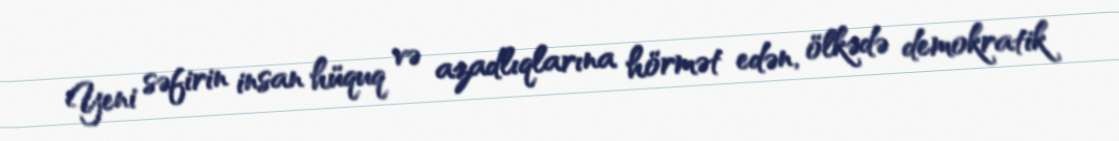
Yeni səfirin insan hüquq və azadlıqlarına hörmət edən, ölkədə demokratik